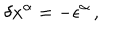
\delta x ^ { \alpha } = - \epsilon ^ { \alpha } \, ,